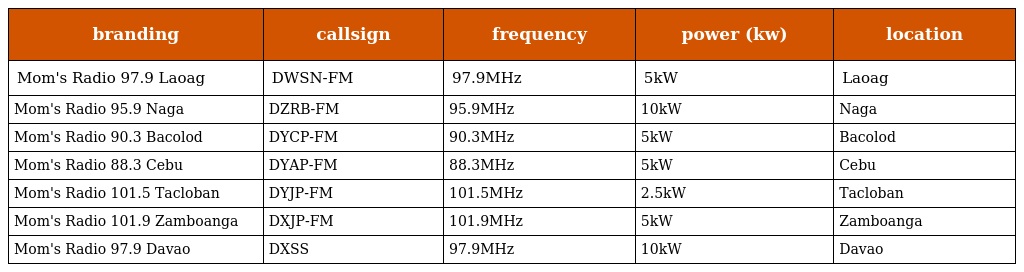
| branding | callsign | frequency | power (kw) | location |
 | --- | --- | --- | --- | --- |
 | Mom's Radio 97.9 Laoag | DWSN-FM | 97.9MHz | 5kW | Laoag |
 | Mom's Radio 95.9 Naga | DZRB-FM | 95.9MHz | 10kW | Naga |
 | Mom's Radio 90.3 Bacolod | DYCP-FM | 90.3MHz | 5kW | Bacolod |
 | Mom's Radio 88.3 Cebu | DYAP-FM | 88.3MHz | 5kW | Cebu |
 | Mom's Radio 101.5 Tacloban | DYJP-FM | 101.5MHz | 2.5kW | Tacloban |
 | Mom's Radio 101.9 Zamboanga | DXJP-FM | 101.9MHz | 5kW | Zamboanga |
 | Mom's Radio 97.9 Davao | DXSS | 97.9MHz | 10kW | Davao |